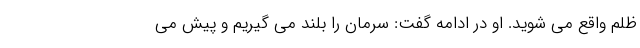
ظلم واقع می شوید. او در ادامه گفت: سرمان را بلند می گیریم و پیش می